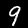
Digit: 9